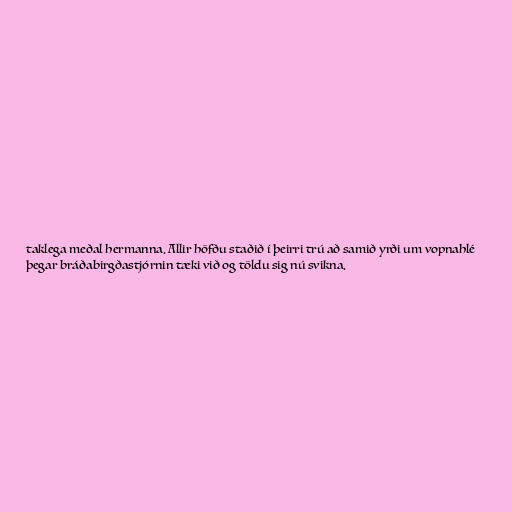
taklega meðal hermanna. Allir höfðu staðið í þeirri trú að samið yrði um vopnahlé
þegar bráðabirgðastjórnin tæki við og töldu sig nú svikna.